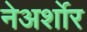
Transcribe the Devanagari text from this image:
नेअर्शोर